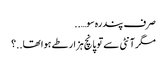
صرف پندرہ سو…..
مگر آنٹی سے تو پانچ ہزار طے ہوا تھا..؟